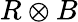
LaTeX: R\otimes B